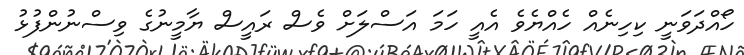
ހޯއްދަވަނީ ކިހިނެއް ހެއްޔެވެ އެއީ ހަމަ އަސްލަށް ވެސް ރައީސް ޔާމީނުގެ ވިސްނުންފުޅު